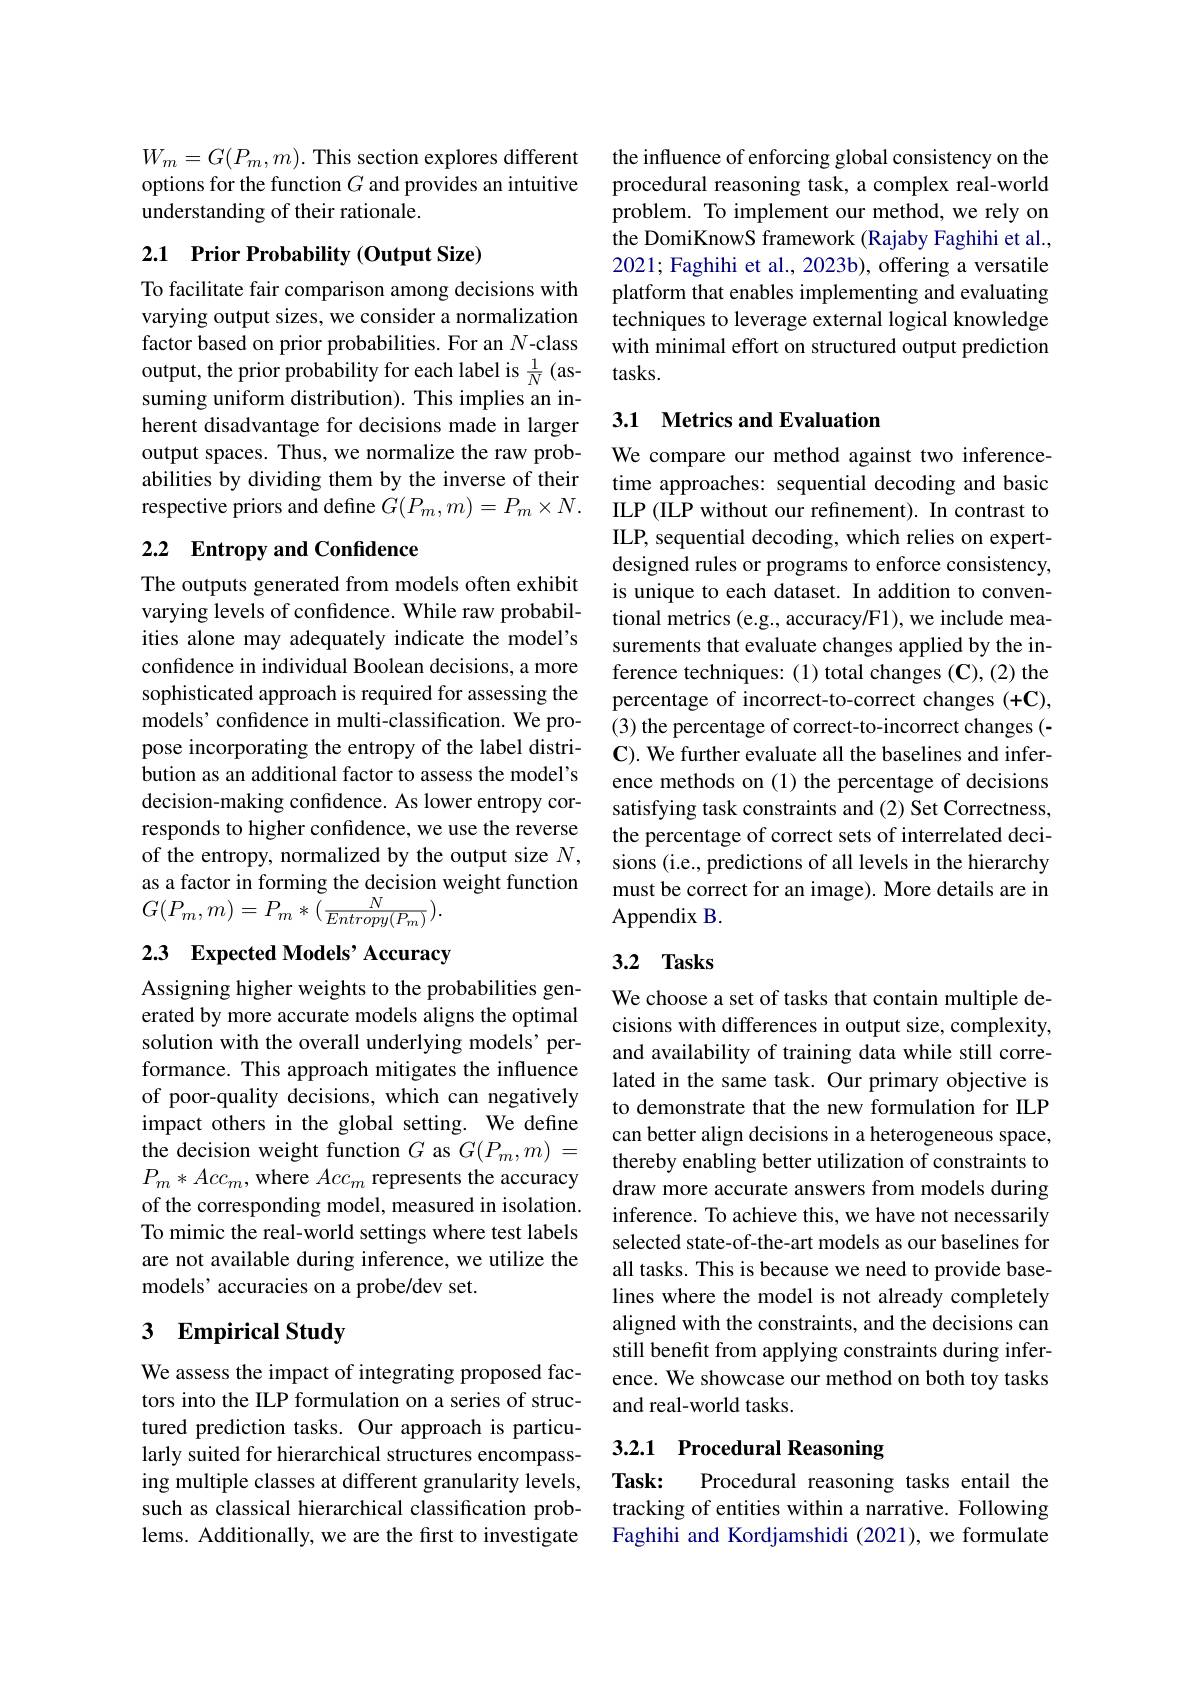
$W_{m}=G(P_{m},m).$ This section explores different options for the function $G$ and provides an intuitive understanding of their rationale.

## 2.1 Prior Probability (Output Size)

To facilitate fair comparison among decisions with varying output sizes, we consider a normalization factor based on prior probabilities. For an $N$-class output, the prior probability for each label is $\frac1N$(assuming uniform distribution). This implies an inherent disadvantage for decisions made in larger output spaces. Thus, we normalize the raw probabilities by dividing them by the inverse of their respective priors and define $G(P_m,m)=P_m\times N.$

## 2.2 $\textbf{Entropy and Confidence}$

The outputs generated from models often exhibit varying levels of confidence. While raw probabilities alone may adequately indicate the model's confidence in individual Boolean decisions, a more sophisticated approach is required for assessing the models’confidence in multi-classification. We propose incorporating the entropy of the label distribution as an additional factor to assess the model's decision-making confidence. As lower entropy corresponds to higher confidence, we use the reverse of the entropy, normalized by the output size $N$, as a factor in forming the decision weight function $G(P_{m},m)=P_{m}*(\frac{N}{Entropy(P_{m})}).$

## 2.3 Expected Models' Accuracy

Assigning higher weights to the probabilities generated by more accurate models aligns the optimal solution with the overall underlying models’performance. This approach mitigates the influence of poor-quality decisions, which can negatively impact others in the global setting. We define the decision weight function $G$ as $G(P_m,m)=$ $P_m*Acc_m$, where $Acc_m$ represents the accuracy of the corresponding model, measured in isolation. To mimic the real-world settings where test labels are not available during inference, we utilize the models' accuracies on a probe/dev set.

## 3 Empirical Study

We assess the impact of integrating proposed factors into the ILP formulation on a series of structured prediction tasks. Our approach is particularly suited for hierarchical structures encompassing multiple classes at different granularity levels, such as classical hierarchical classification problems. Additionally, we are the frst to investigate

the influence of enforcing global consistency on the procedural reasoning task, a complex real-world problem. To implement our method, we rely on the DomiKnowS framework (Rajaby Faghihi et al., 2021; Faghihi et al., 2023b), offering a versatile platform that enables implementing and evaluating techniques to leverage external logical knowledge with minimal effort on structured output prediction tasks.

## 3.1 Metrics and Evaluation

We compare our method against two inferencetime approaches: sequential decoding and basic ILP (ILP without our refinement). In contrast to ILP, sequential decoding, which relies on expertdesigned rules or programs to enforce consistency, is unique to each dataset. In addition to conventional metrics (e.g., accuracy/F1), we include measurements that evaluate changes applied by the inference techniques: (1) total changes (C), (2) the percentage of incorrect-to-correct changes (+C), (3) the percentage of correct-to-incorrect changes (- C). We further evaluate all the baselines and inference methods on (1) the percentage of decisions satisfying task constraints and (2) Set Correctness, the percentage of correct sets of interrelated decisions (i.e., predictions of all levels in the hierarchy must be correct for an image). More details are in Appendix B

## 3.2 Tasks

We choose a set of tasks that contain multiple decisions with differences in output size, complexity, and availability of training data while still correlated in the same task. Our primary objective is to demonstrate that the new formulation for ILP can better align decisions in a heterogeneous space, thereby enabling better utilization of constraints to draw more accurate answers from models during inference. To achieve this, we have not necessarily selected state-of-the-art models as our baselines for all tasks. This is because we need to provide baselines where the model is not already completely aligned with the constraints, and the decisions can still benefit from applying constraints during inference. We showcase our method on both toy tasks and real-world tasks.

### 3.2.1 Procedural Reasoning

Task:
Procedural reasoning tasks entail the
tracking of entities within a narrative. Following Faghihi and Kordjamshidi (2021), we formulate